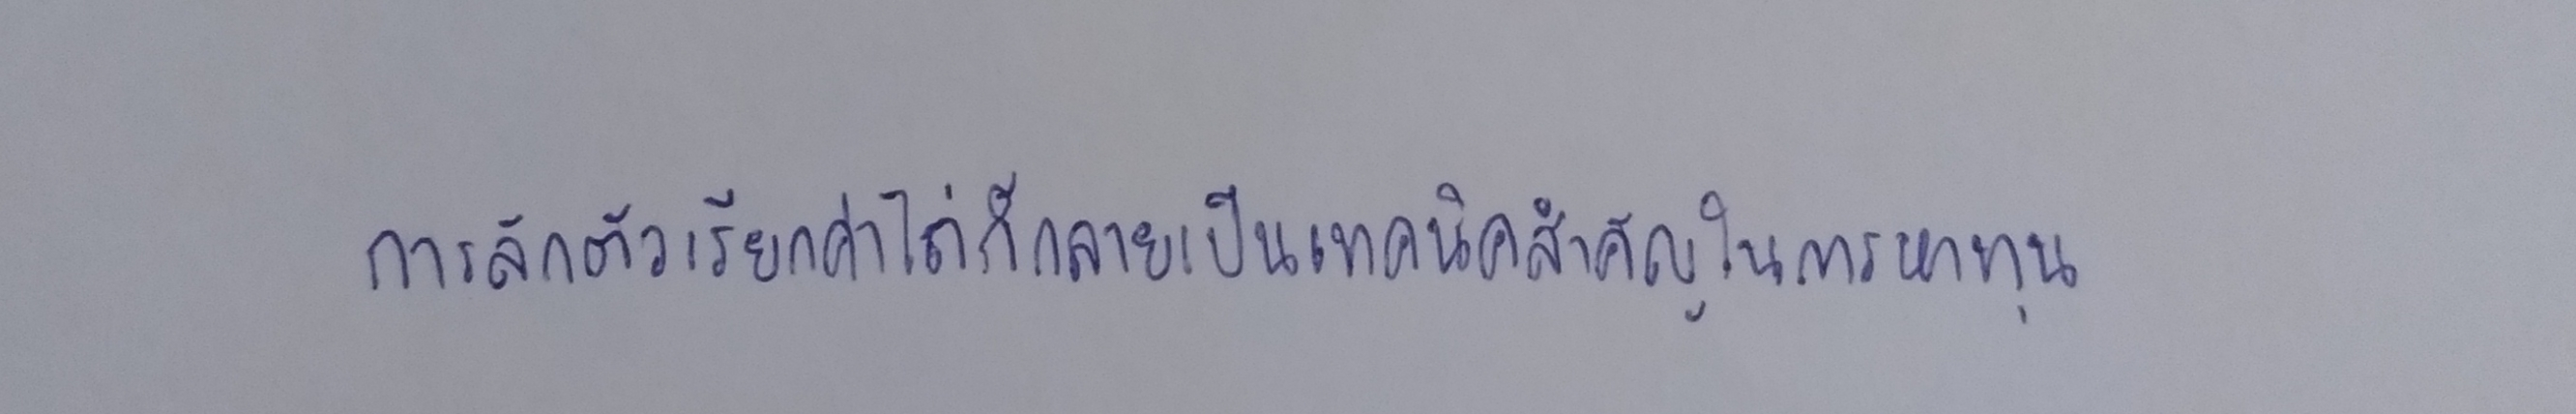
การลักตัวเรียกค่าไถ่ก็กลายเป็นเทคนิคสำคัญในการหาทุน